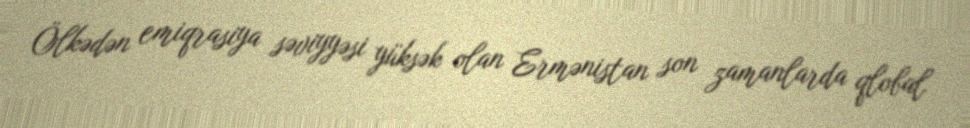
Ölkədən emiqrasiya səviyyəsi yüksək olan Ermənistan son zamanlarda qlobal